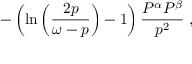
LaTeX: - \left( \ln \left( \frac { 2 p } { \omega - p } \right) - 1 \right) \frac { P ^ { \alpha } P ^ { \beta } } { p ^ { 2 } } \; ,